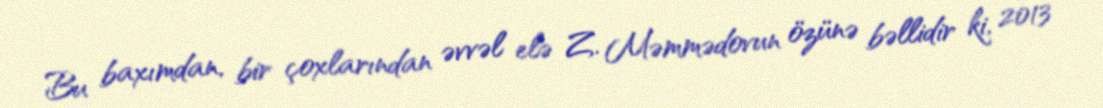
Bu baxımdan, bir çoxlarından əvvəl elə Z. Məmmədovun özünə bəllidir ki, 2013